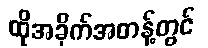
ထိုအခိုက်အတန့်တွင်